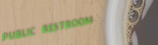
PUBLIC RESTROOM